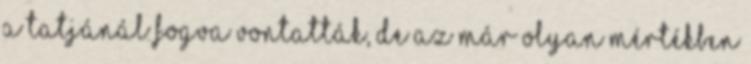
a tatjánál fogva vontatták, de az már olyan mértékben